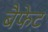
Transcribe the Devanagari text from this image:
बैफेट